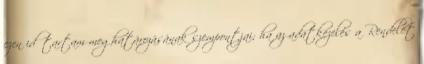
ezen időtartam meghatározásának szempontjai; ha az adatkezelés a Rendelet